Civil Veterinary Department Bihar & Orissa reports 1911-21 - 1911-1921
Year: 1911
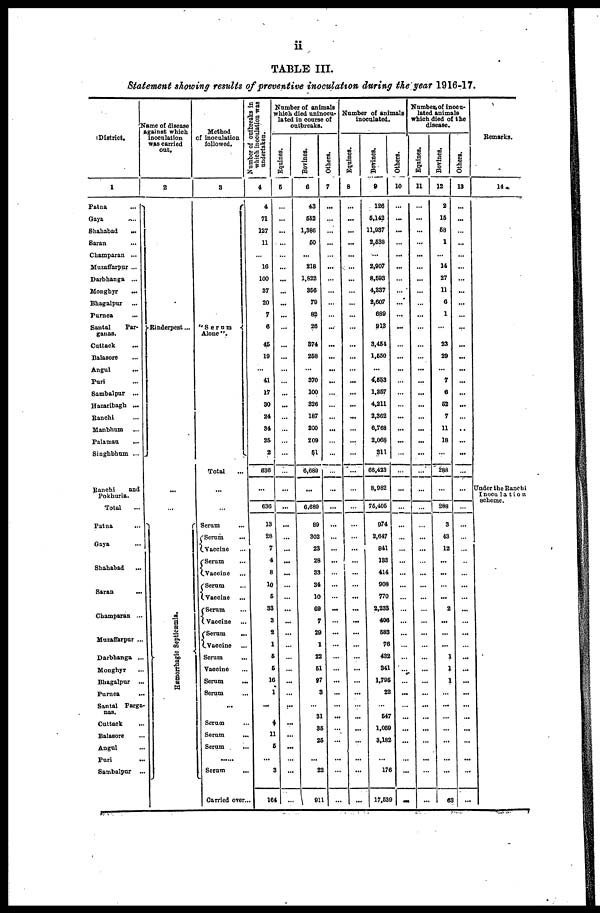
11
TABLE III.
Statement showing results of preventive inoculation during the year 1916-17.
1
District.
1
Patna
...
Gaya ...
Shahabad
...
Saran
Champaran ...
Muzaffarpur ...
Darbhanga ...
Monghyr
...
Bhagalpur ...
Purnea ...
Santal
Par-
ganas.
Cuttack ...
Balasore ...
Angul ...
Puri ...
Sambalpur ...
Hazaribagh ...
Ranchi ...
Manbhum ...
Palamau ...
Singhbhum ...
Ranchi
and
Pokhuria.
Total
Patna ...
Gaya
Shahabad
Saran
...
Champaran ...
Muzaffarpur ..
Darbhanga ...
Monghyr
Bhagalpur ...
Purnea ...
Santal Parga-
nas.
Cuttack ...
Balasore
Angul
Puri ...
Sambalpur ...
Name of disease
against which
inoculation
was carried
out.
2
Rinderpest ...
...
...
Hæmorrhagic Septicæmia.
Method
of inoculation
followed.
3
"Serum
Alone".
Total ...
...
Serum ...
Serum ...
Vaccine ...
Serum ...
Vaccine ...
Serum ...
Vaccine ...
Serum ...
Vaccine ...
Serum
...
Vaccine ...
Serum
Vaccine
Serum
...
Serum ...
Serum ...
Serum ...
Serum ...
... ...
Serum ...
Carried over.
Number of outbreaks in
which inoculation was
undertaken..
4
4
71
127
11
...
16
100
37
20
7
6
45
19
...
41
17
30
24
34
25
2
636
...
636
13
28
7
4
8
10
5
33
3
2
1
6
6
16
1
...
4
11
5
...
3
164
Number of animals
which died uninocu-
lated in course of
outbreaks.
Equines.
6
...
...
...
...
...
...
...
...
...
...
...
...
...
...
...
...
...
...
...
...
...
...
...
...
...
...
...
...
...
...
...
...
...
...
...
...
...
...
...
...
Bovines.
6
43
652
1,386
60
...
218
1,822
366
79
82
26
374
268
...
370
100
326
187
200
209
51
6,680
...
6,689
89
302
23
28
33
34
10
69
7
29
1
22
61
97
3
31
36
26
...
22
911
Others.
7
...
...
...
...
...
...
...
...
...
...
...
...
...
...
...
...
...
...
...
...
...
...
...
...
...
...
...
...
...
...
...
...
...
...
...
...
...
...
...
...
...
...
...
...
...
...
Number of animals
inoculated.
Equines.
8
...
...
...
...
...
...
...
...
...
...
...
...
...
...
...
...
...
...
...
...
...
...
...
...
...
...
...
...
...
...
...
...
...
...
...
...
...
...
...
...
...
...
...
...
Bovines.
9
126
6,142
11,937
2,638
...
2,907
8,693
4,337
2,607
689
913
3,461
1,650
...
4,553
1,367
4,211
2,362
6,768
2,068
311
66,423
8,982
75,405
974
2,647
841
133
414
908
770
2,233
406
683
76
432
341
1,795
22
547
1,059
3,182
...
176
17,539
Others.
10
...
...
...
...
...
...
...
...
...
...
...
...
...
...
...
...
...
...
...
...
...
...
...
...
...
...
...
...
...
...
...
...
...
...
...
...
...
...
...
...
...
...
...
...
...
...
Number of inocu-
lated animals
which died of the
disease.
Equines.
11
...
...
...
...
...
...
...
...
...
...
...
...
...
...
...
...
...
...
...
...
...
...
...
...
...
...
...
...
...
...
...
...
...
...
...
...
...
...
...
...
...
...
...
...
...
Bovines.
12
2
15
68
1
...
14
27
11
6
1
...
23
29
...
7
6
52
7
11
18
...
288
...
288
3
43
12
...
...
...
...
2
...
...
...
1
1
1
...
...
...
...
...
63
Others.
13
...
...
...
...
...
...
...
...
...
...
...
...
...
...
...
...
...
....
...
...
...
...
...
...
...
...
...
...
...
...
...
...
...
...
...
...
...
...
...
...
...
...
...
...
...
Remarks.
14
Under the Ranchi-
Inoculation
scheme.